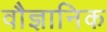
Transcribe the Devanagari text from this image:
वौज्ञानिक